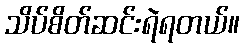
သိပ်စိတ်ဆင်းရဲရတယ်။